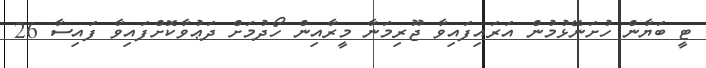
ޓީ ބަޔާން ހުށަނޭޅުމުން އަރައިފައިވާ ޖޫރިމަނާ މީރާއިން ހޯދުމަށް ދަޢުވާކޮށްފައިވާ ފައިސާ 26